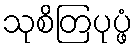
သုစိတြပုပ္ဖံ